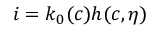
i = k _ { 0 } ( c ) h ( c , \eta )